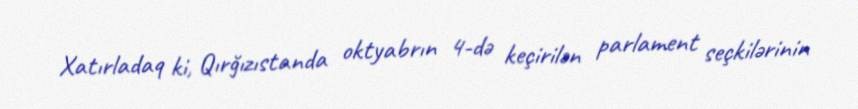
Xatırladaq ki, Qırğızıstanda oktyabrın 4-də keçirilən parlament seçkilərinin